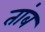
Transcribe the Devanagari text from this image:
तांब